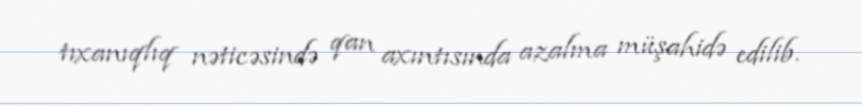
tıxanıqlıq nəticəsində qan axıntısında azalma müşahidə edilib.